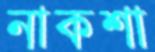
নাকশা